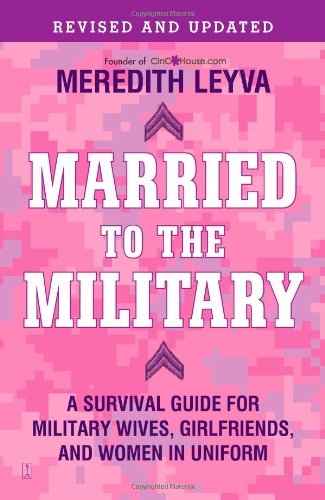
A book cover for Married to the Military: A Survival Guide for Military Wives, Girlfriends, and Women in Uniform; Meredith Leyva; Parenting & Relationships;